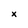
Character: x